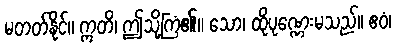
မတတ်နိုင်။ ဣတိ၊ ဤသို့ကြံ၏။ သော၊ ထိုပုဏ္ဏေးမသည်။ ဧဝံ၊